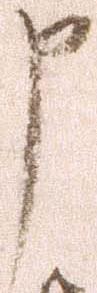
申